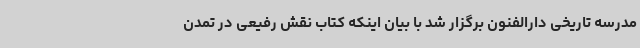
مدرسه تاریخی دارالفنون برگزار شد با بیان اینکه کتاب نقش رفیعی در تمدن